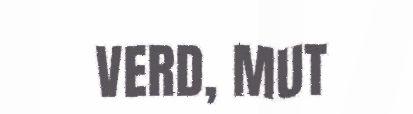
VERD, MUT